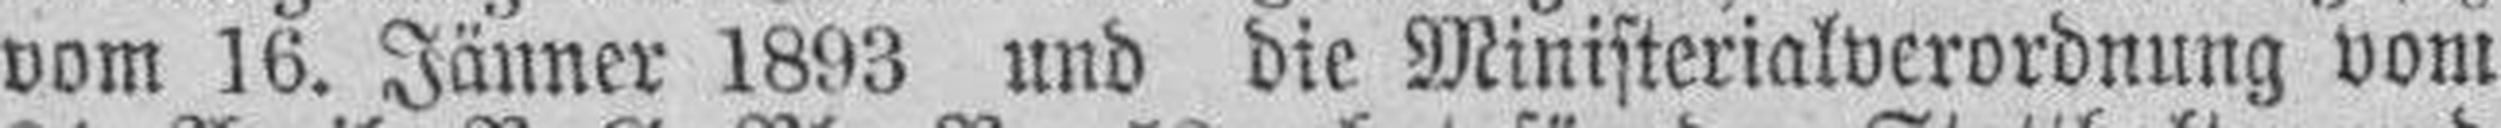
vom 16. Jänner 1893 und die Ministerialverordnung vom